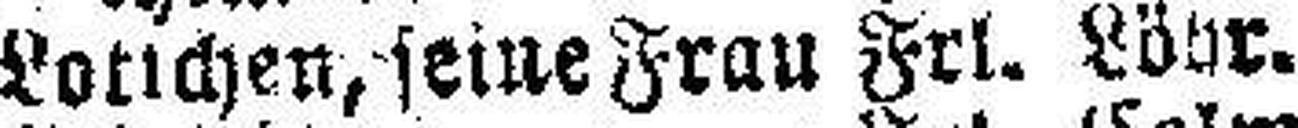
Lotichen, seine Frau Frl. Löhr.